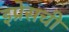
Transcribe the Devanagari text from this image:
इप्रेसची